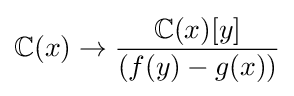
\mathbb {C} (x)\to {\frac {\mathbb {C} (x)[y]}{(f(y)-g(x))}}